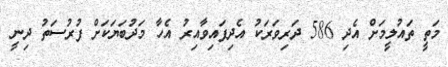
މަތީ ތައުލީމަށް އެދި 586 ދަރިވަރަކު އެދިފައިވާއިރު އެހާ މަދުބަޔަކަށް ފުރުސަތު ދިނީ